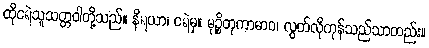
ထိုငရဲသူသတ္တဝါတို့သည်။ နိရယာ၊ ငရဲမှ။ မုဉ္စိတုကာမာဝ၊ လွတ်လိုကုန်သည်သာတည်း။